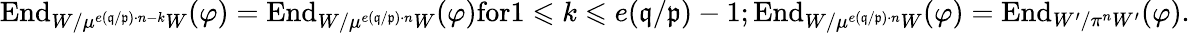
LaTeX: \mathrm{End}_{W/\mu^{e(\mathfrak{q}/\mathfrak{p})\cdot n-k}W}(\varphi)=\mathrm{End}_{W/\mu^{e(\mathfrak{q}/\mathfrak{p})\cdot n}W}(\varphi)\textrm{for}1\leqslant k\leqslant e(\mathfrak{q}/\mathfrak{p})-1;\mathrm{End}_{W/\mu^{e(\mathfrak{q}/\mathfrak{p})\cdot n}W}(\varphi)=\mathrm{End}_{W^{\prime}/\pi^{n}W^{\prime}}(\varphi).